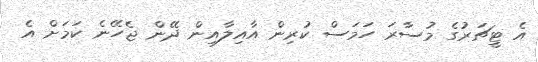
އެ ޓީޗަރުގެ މުސާރަ ހަމަސް ކުރިން އާއިލާއިން ދޭން ޖެހޭނެ ކަމަށް އެ